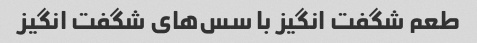
طعم شگفت انگیز با سس‌های شگفت انگیز